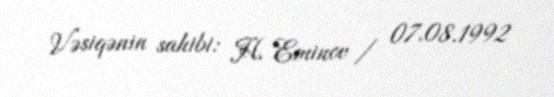
Vəsiqənin sahibi: H. Eminov / 07.08.1992